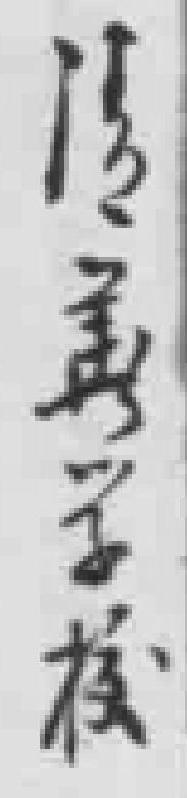
清*学校